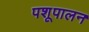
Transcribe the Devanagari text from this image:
पशूपालन